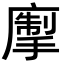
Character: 𢳅